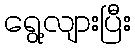
ရွေ့လျားပြီး